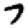
Digit: 7